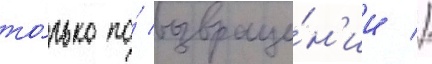
то́лько по́ возвраще́н'ии //